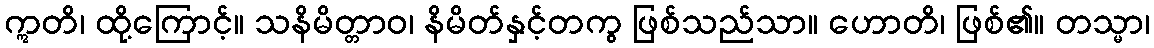
ဣတိ၊ ထို့ကြောင့်။ သနိမိတ္တာဝ၊ နိမိတ်နှင့်တကွ ဖြစ်သည်သာ။ ဟောတိ၊ ဖြစ်၏။ တသ္မာ၊